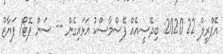
އޭޕްރީލް 22 2020: ބިދޭސީއެއް ފޭސްމާސްކު އަޅައިގެން -- ސަން ފޮޓޯ/ ފަޔާޒު